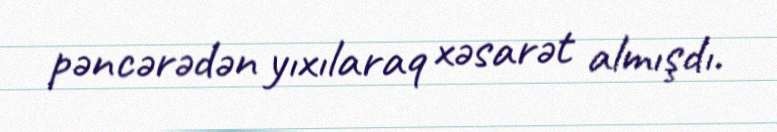
pəncərədən yıxılaraq xəsarət almışdı.